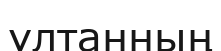
ұлтанның